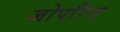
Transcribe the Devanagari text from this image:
जोपरिस